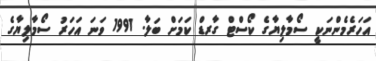
އަހަރެމެންނަކީ ސޯމާލިޔާގެ ކޯސްޓް ގާރޑް ކަމަށް ބަލާ. 1991 ވަނަ އަހަރު ސޯމާލިޔާގެ